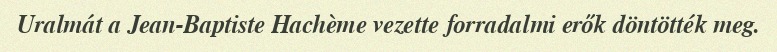
Uralmát a Jean-Baptiste Hachème vezette forradalmi erők döntötték meg.